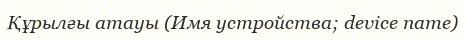
Құрылғы атауы (Имя устройства; device name)